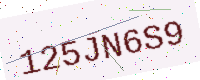
Text: 125JN6S9